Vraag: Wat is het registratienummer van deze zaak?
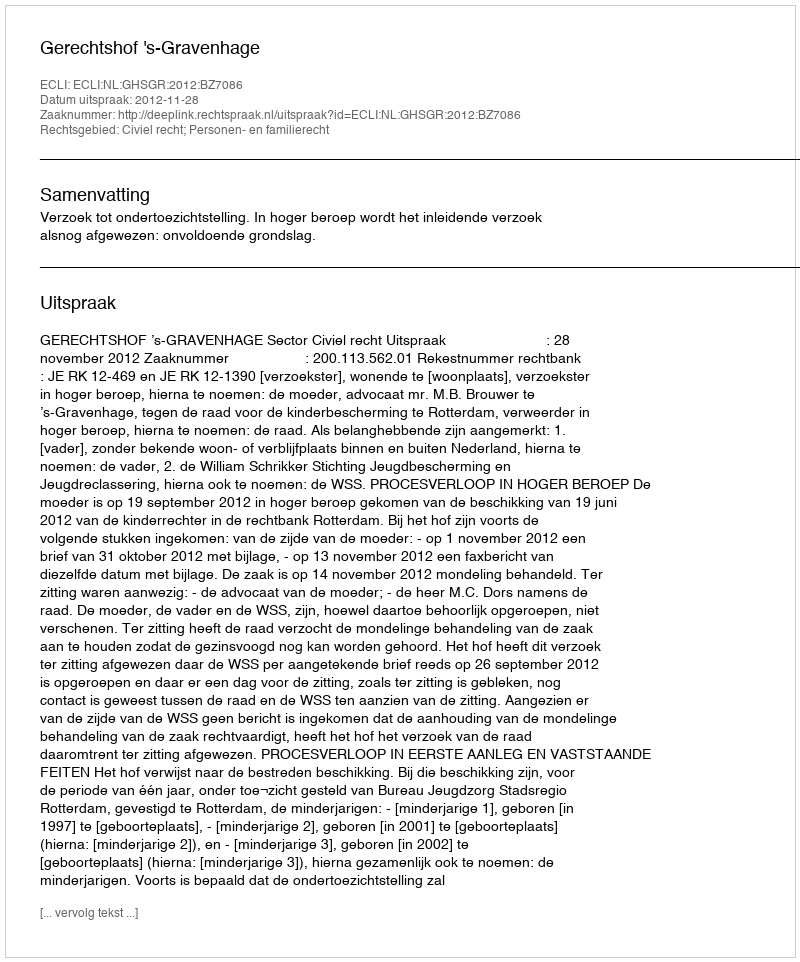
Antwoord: http://deeplink.rechtspraak.nl/uitspraak?id=ECLI:NL:GHSGR:2012:BZ7086